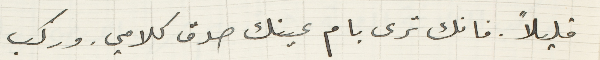
قليلاً. فانك ترى بام عينك صدق كلامي. وركب